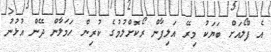
އެ ފްލޯއަށް ބަޔަކު މިރޭ އަލިފާން ރޯކޮށްލުމުގެ ކުރިން ހަމަލާން ދޭން އުޅުނު